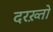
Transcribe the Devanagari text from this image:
दरख़्तो